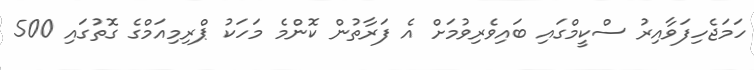
ހަމަޖެހިފަވާއިރު ސްކީމްގައި ބައިވެރިވުމަށް އެ ފަރާތުން ކޮންމެ މަހަކު ޕްރިމިއަމްގެ ގޮތުގައި 500